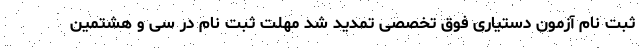
ثبت نام آزمون دستیاری فوق تخصصی تمدید شد مهلت ثبت نام در سی و هشتمین